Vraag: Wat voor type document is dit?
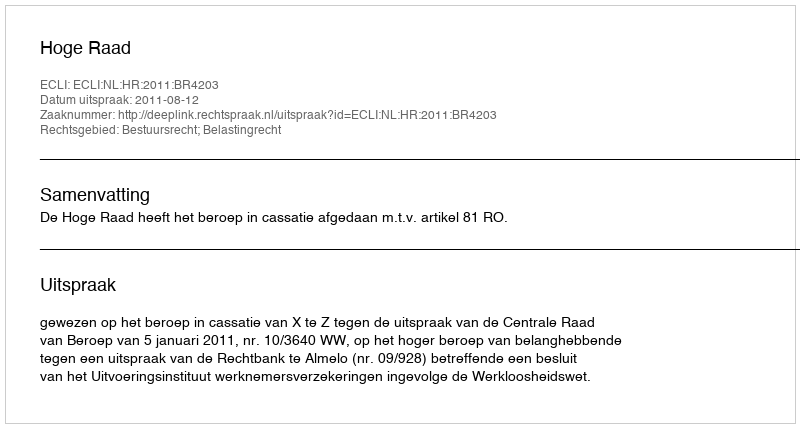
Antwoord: Uitspraak